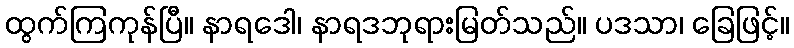
ထွက်ကြကုန်ပြီ။ နာရဒေါ၊ နာရဒဘုရားမြတ်သည်။ ပဒသာ၊ ခြေဖြင့်။